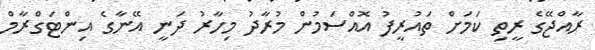
ރާއްޖޭގެ ރީތި ކަމަށް ތައުރީފު އޮއްސަމުން މުރާދު މިހާރު ދަނީ އޭނާގެ އިންޓަގްރާމް